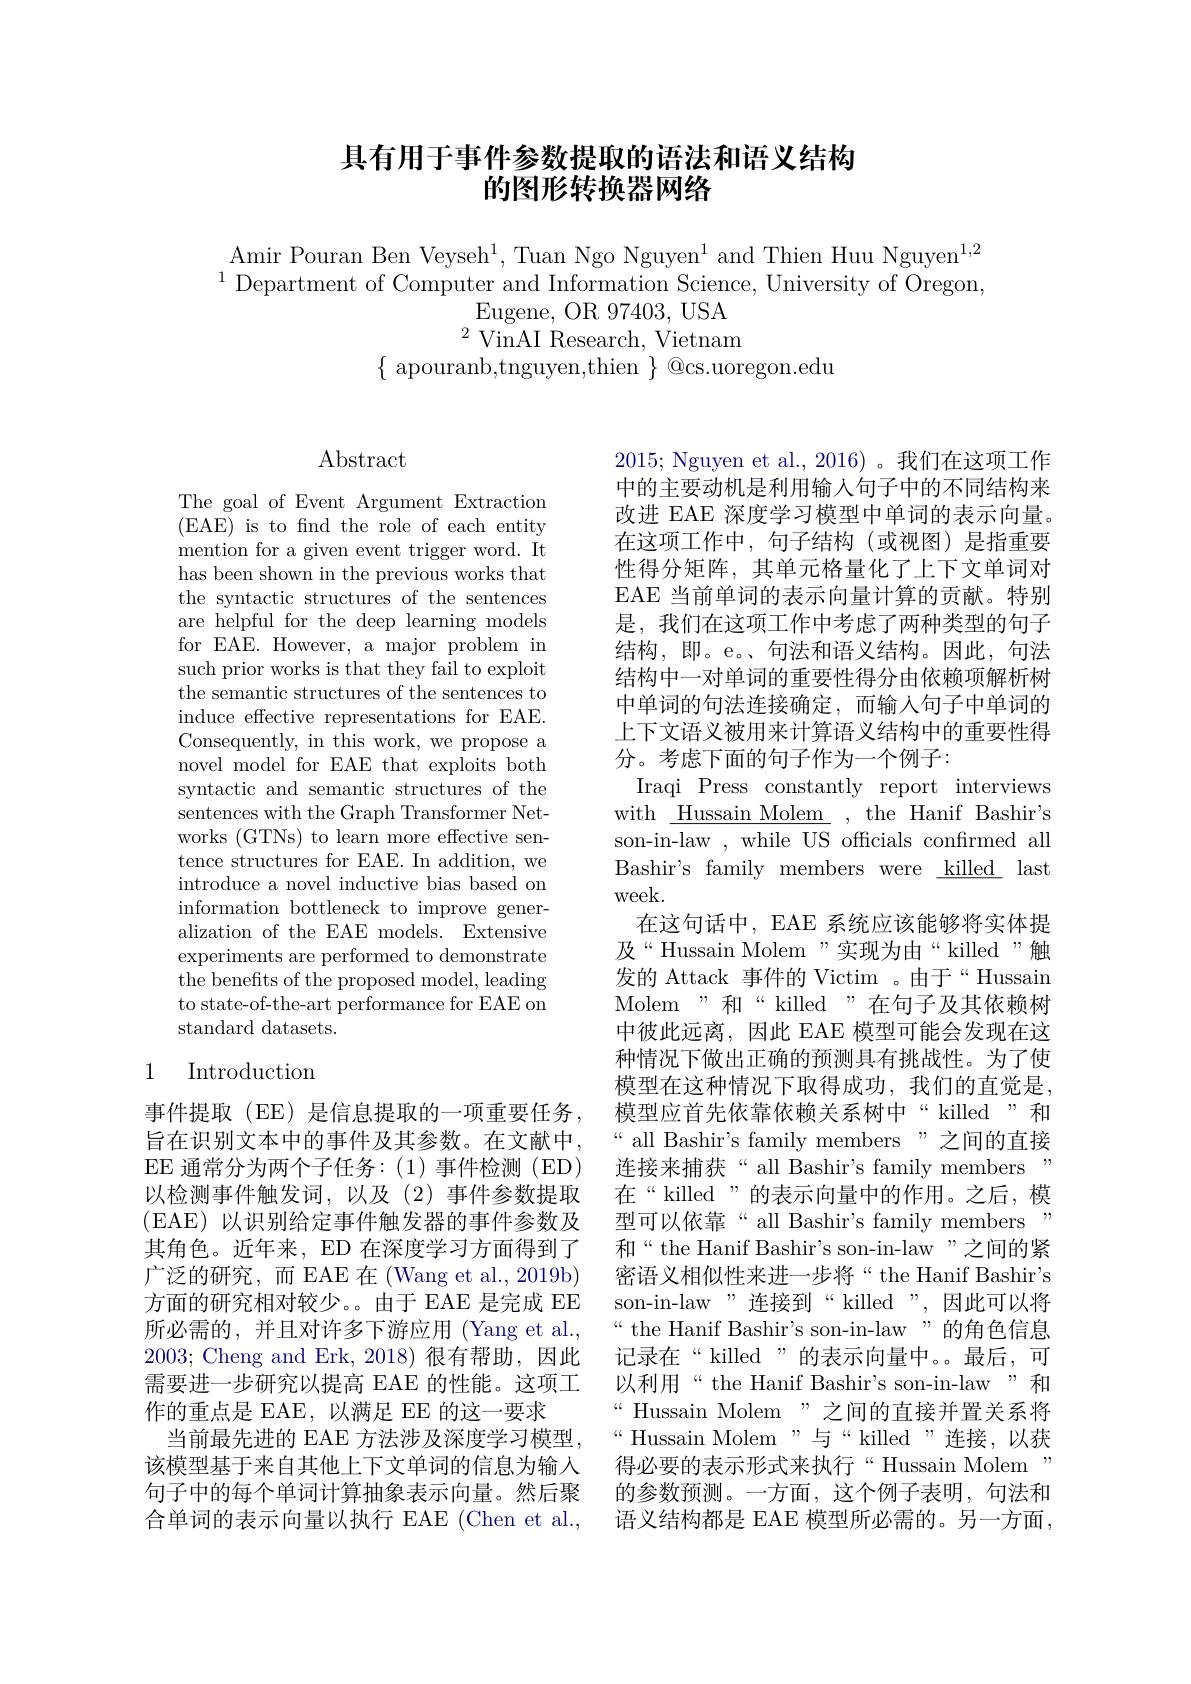
## 具有用于事件参数提取的语法和语义结构的图形转换器网络

Amir Pouran Ben Veyseh$^1$, Tuan Ngo Nguyen$^1$ and Thien Huu Nguyen$^1,2$ $^{1}$Department of Computer and Information Science, University of Oregon,
Eugene, OR 97403, USA $^{2}{\mathrm{~VinAI~Research,~Vietnam}}$
$\{$ apouranb,tnguyen,thien $\}$ @cs.uoregon.edu

Abstract

The goal of Event Argument Extraction (EAE) is to find the role of each entity mention for a given event trigger word. It has been shown in the previous works that the syntactic structures of the sentences are helpful for the deep learning models for EAE. However, a major problem in such prior works is that they fail to exploit the semantic structures of the sentences to induce effective representations for EAE. Consequently, in this work, we propose a novel model for EAE that exploits both syntactic and semantic structures of the sentences with the Graph Transformer Networks (GTNs) to learn more effective sentence structures for EAE. In addition, we introduce a novel inductive bias based on information bottleneck to improve generalization of the EAE models. Extensive experiments are performed to demonstrate the benefits of the proposed model, leading to state-of-the-art performance for EAE on standard datasets.

## 1 Introduction

事件提取(EE)是信息提取的一项重要任务， 旨在识别文本中的事件及其参数。在文献中， EE 通常分为两个子任务：(1)事件检测(ED) 以检测事件触发词，以及(2)事件参数提取(EAE)以识别给定事件触发器的事件参数及其角色。近年来，ED 在深度学习方面得到了广泛的研究，而 EAE 在 (Wang et al., 2019b) 方面的研究相对较少。由于 EAE 是完成 EE 所必需的，并且对许多下游应用(Yang et al., 2003; Cheng and Erk, 2018)很有帮助，因此需要进一步研究以提高 EAE 的性能。这项工作的重点是 EAE, 以满足 EE 的这一要求
当前最先进的 EAE 方法涉及深度学习模型， 该模型基于来自其他上下文单词的信息为输入合单词的表示向量以执行 EAE (Chen et al.,

2015; Nguyen et al., 2016)。我们在这项工作中的主要动机是利用输入句子中的不同结构来改进 EAE 深度学习模型中单词的表示向量。在这项工作中，句子结构(或视图)是指重要性得分矩阵，其单元格量化了上下文单词对EAE 当前单词的表示向量计算的贡献。特别是，我们在这项工作中考虑了两种类型的句子结构，即。e。、句法和语义结构。因此，句法结构中一对单词的重要性得分由依赖项解析树中单词的句法连接确定，而输入句子中单词的上下文语义被用来计算语义结构中的重要性得分。考虑下面的句子作为一个例子：
Iraqi Press constantly report interviews with\_ Hussain Molem\_ , the Hanif Bashir's son-in-law,while US offcials confirmed all Bashir's family members were killed last week.
在这句话中，EAE 系统应该能够将实体提及“Hussain Molem”实现为由“killed”触发的 Attack 事件的 Victim 。由于“Hussain Molem"和“killed”在句子及其依赖树中彼此远离，因此 EAE 模型可能会发现在这种情况下做出正确的预测具有挑战性。为了使模型在这种情况下取得成功，我们的直觉是， 模型应首先依靠依赖关系树中“killed”和“ all Bashir's family members”之间的直接连接来捕获“all Bashir's family members" 在“killed”的表示向量中的作用。之后，模型可以依靠“all Bashir's family members , 和“the Hanif Bashir's son-in-law”之间的紧密语义相似性来进一步将“the Hanif Bashir's son-in-law"连接到“killed”,因此可以将“ the Hanif Bashir's son-in-law”的角色信息记录在“killed”的表示向量中。最后，可以利用“the Hanif Bashir's son-in-law”和“ Hussain Molem”之间的直接并置关系将“Hussain Molem”与“killed”连接，以获得必要的表示形式来执行“Hussain Molem”
句子中的每个单词计算抽象表示向量。然后聚 的参数预测。一方面，这个例子表明，句法和
语义结构都是 EAE 模型所必需的。另一方面，